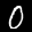
Label: 0